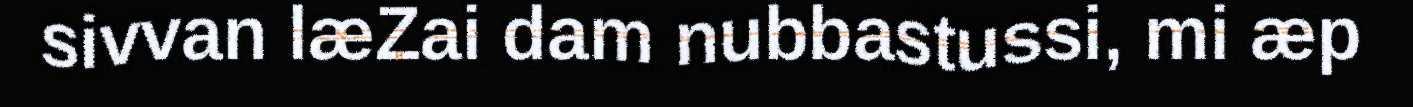
sivvan læZai dam nubbastussi, mi æp